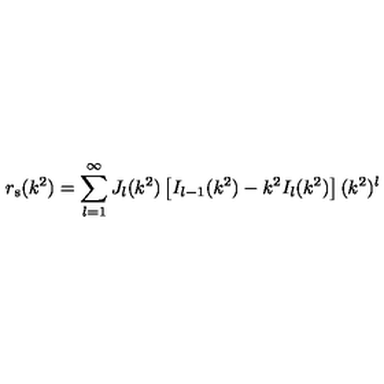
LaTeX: r _ { \mathrm { s } } ( k ^ { 2 } ) = \sum _ { l = 1 } ^ { \infty } J _ { l } ( k ^ { 2 } ) \left[ I _ { l - 1 } ( k ^ { 2 } ) - k ^ { 2 } I _ { l } ( k ^ { 2 } ) \right] ( k ^ { 2 } ) ^ { l }